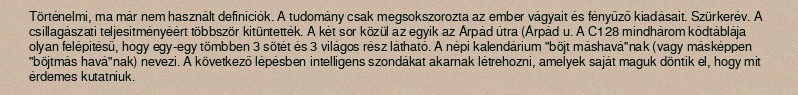
Történelmi, ma már nem használt definíciók. A tudomány csak megsokszorozta az ember vágyait és fényűző kiadásait. Szürkerév. A csillagászati teljesítményéért többször kitüntették. A két sor közül az egyik az Árpád útra (Árpád u. A C128 mindhárom kódtáblája olyan felépítésű, hogy egy-egy tömbben 3 sötét és 3 világos rész látható. A népi kalendárium "böjt máshavá"nak (vagy másképpen "böjtmás havá"nak) nevezi. A következő lépésben intelligens szondákat akarnak létrehozni, amelyek saját maguk döntik el, hogy mit érdemes kutatniuk.